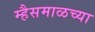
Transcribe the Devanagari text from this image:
म्हैसमाळच्या